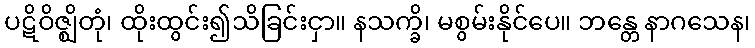
ပဋိဝိဇ္ဈိတုံ၊ ထိုးထွင်း၍သိခြင်းငှာ။ နသက္ခိ၊ မစွမ်းနိုင်ပေ။ ဘန္တေ နာဂသေန၊